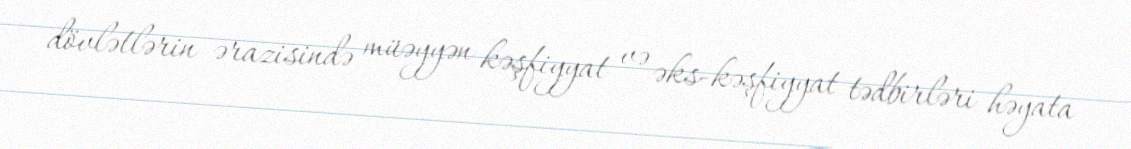
dövlətlərin ərazisində müəyyən kəşfiyyat və əks-kəşfiyyat tədbirləri həyata